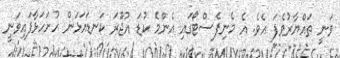
ވަނީ ތައްޔާރުވެފަ އެވެ. އެ މެނިފެސްޓޯގައި އެންމެ ކުޑަ އުޖޫރަ ކަނޑައަޅަން ހުށަހަޅާފައިވަނީ